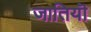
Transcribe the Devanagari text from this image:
जातियॊ